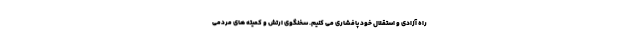
راه آزادی و استقلال خود پافشاری می کنیم. سخنگوی ارتش و کمیته های مردمی